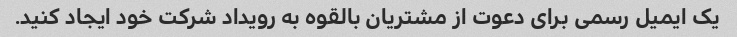
یک ایمیل رسمی برای دعوت از مشتریان بالقوه به رویداد شرکت خود ایجاد کنید.